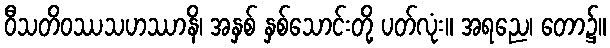
ဝီသတိဝဿသဟဿာနိ၊ အနှစ် နှစ်သောင်းတို့ ပတ်လုံး။ အရညေ၊ တော၌။